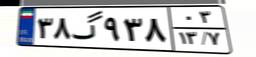
۳۸گ۹۳۸۰۳